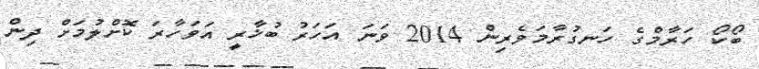
ބޯކޯ ހަރާމްގެ ހަނގުރާމަވެރިން 2014 ވަނަ އަހަރު ބުޚާރީ އަވަހާރަ ކޮށްލުމަށް ދިން